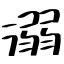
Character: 溺